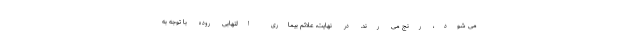
می شود، رنج می رند. در نهایت، علائم بیماری التهابی روده با توجه به